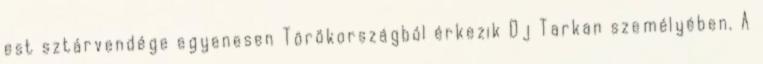
est sztárvendége egyenesen Törökországból érkezik Dj Tarkan személyében. A